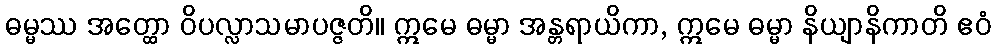
ဓမ္မဿ အတ္ထော ဝိပလ္လာသမာပဇ္ဇတိ။ ဣမေ ဓမ္မာ အန္တရာယိကာ, ဣမေ ဓမ္မာ နိယျာနိကာတိ ဧဝံ